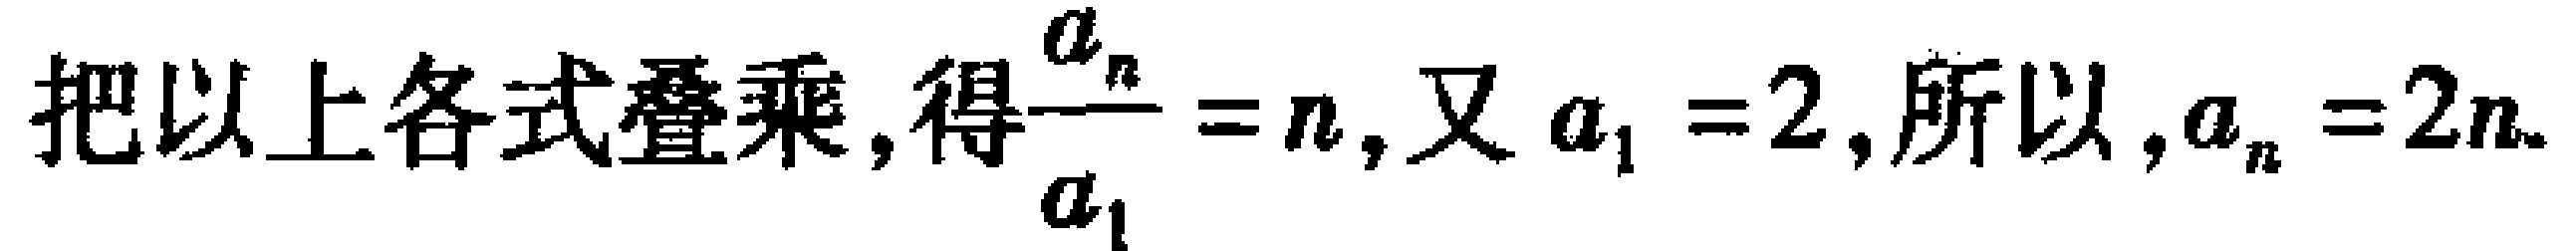
把以上各式叠乘,得$\dfrac{a_{n}}{a_{1}} = n$,又$a_{1} = 2$,所以,$a_{n} = 2n$.